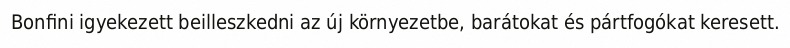
Bonfini igyekezett beilleszkedni az új környezetbe, barátokat és pártfogókat keresett.